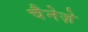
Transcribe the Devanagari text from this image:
चैनेज़े